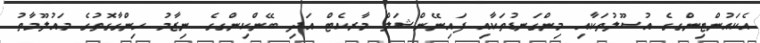
އެކައުންޓިންގގެ އުސޫލުތަކާއި މިންގަނޑުތަކާއި ފައިނޭންޝަލް މާރކެޓް އަދި ބޭންކިންގގެ ނިޒާމު ހިންގާގޮތުގެ މައުލޫމާތު